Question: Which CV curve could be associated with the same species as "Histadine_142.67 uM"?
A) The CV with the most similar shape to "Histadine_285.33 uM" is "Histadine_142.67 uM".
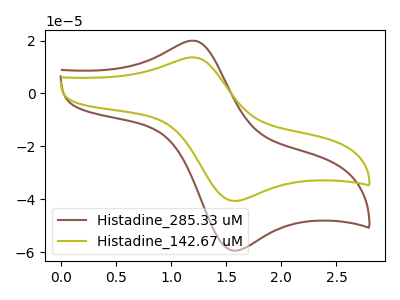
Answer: <think>The brown curve "Histadine_285.33 uM" has an anodic peak at (1.20V, 19.95uA) and a cathodic peak at (1.55V, -59.40uA). The olive curve "Histadine_142.67 uM" has an anodic peak at (1.20V, 13.65uA) and a cathodic peak at (1.55V, -40.60uA).
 All the peaks in "Histadine_285.33 uM" have a peak in "Histadine_142.67 uM" at the same potential. Every peak in "Histadine_285.33 uM" is higher than every peak in "Histadine_142.67 uM".</think>
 <answer>A) The CV with the most similar shape to "Histadine_285.33 uM" is "Histadine_142.67 uM".</answer>
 <eval>A</eval>